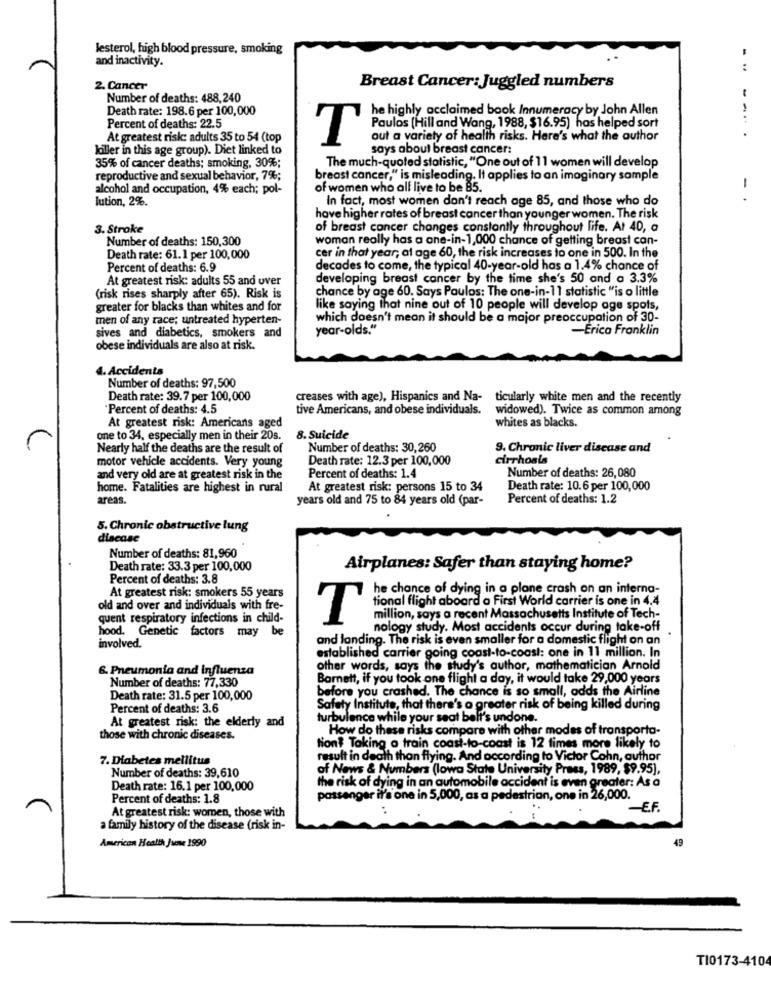
lesterol, high blood pressure, smoking
and inactivity.
2. Cancer
Breast Cancer: Juggled numbers
Number of deaths: 488,240
Death rate: 198.6 per 100,000
he highly acclaimed book Innumeracy by John Allen
Percent of deaths: 22.5
Paulos (Hill and Wang, 1988, $16.95) has helped sort
At greatest risk: adults 35 to 54 (top
T
out a variety of health risks. Here's what the author
Ialler in this age group). Diet linked to
says about breast cancer:
The much-quoted statistic, "One out of 11 women will develop
35% of cancer deaths; smoking, 30%;
reproductive and sexual behavior, 7%;
breast cancer," is misleading. It applies to an imaginary sample
alcohol and occupation, 4% each; pol-
of women who all live to be 85.
lution, 2%.
In fact, most women don't reach age 85, and those who do
-.
have higher rates of breast cancer than younger women. The risk
3. Stroke
of breast cancer changes constantly throughout life. At 40, a
Number of deaths: 150,300
woman really has a one-in-1,000 chance of getting breast can-
Death rate: 61.1 per 100,000
cer in that year, at age 60, the risk increases to one in 500. In the
Percent of deaths: 6.9
decades to come, the typical 40-year-old has a 1.4% chance of
At greatest risk: adults 55 and over
developing breast cancer by the time she's 50 and a 3.3%
chance by age 60. Says Paulos: The one-in-11 statistic "is o little
(risk rises sharply after 65). Risk is
greater for blacks than whites and for
like saying that nine out of 10 people will develop age spots,
men of any race; untreated hyperten-
which doesn't mean it should be a major preoccupation of 30-
year-olds."
-Erica Franklin
sives and diabetics, smokers and
obese individuals are also at risk.
4. Accidents
Number of deaths: 97,500
Death rate: 39.7 per 100,000
creases with age), Hispanics and Na- ticularly white men and the recently
"Percent of deaths: 4.5
tive Americans, and obese individuals. widowed). Twice as common among
whites as blacks.
At greatest risk: Americans aged
one to 34, especially men in their 20s.
8. Suicide
Nearly half the deaths are the result of
Number of deaths: 30,260
9. Chronic liver disease and
motor vehicle accidents. Very young
Death rate: 12.3 per 100,000
cirrhosis
and very old are at greatest risk in the
Percent of deaths: 1.4
Number of deaths: 26,080
home. Fatalities are highest in rural
At greatest risk: persons 15 to 34
Death rate: 10.6 per 100,000
areas.
years old and 75 to 84 years old (par-
Percent of deaths: 1.2
5. Chronic obstructive lung
discase
Number of deaths: 81,960
Death rate: 33.3 per 100,000
Airplanes: Safer than staying home?
Percent of deaths: 3.8
At greatest risk: smokers 55 years
he chance of dying in a plane crash on an interna-
tional flight aboard a First World carrier is one in 4.4
old and over and individuals with fre-
quent respiratory infections in child-
T
million, says a recent Massachusetts Institute of Tech-
hood. Genetic factors may be
nology study. Most accidents occur during take-off
and landing. The risk is even smaller for a domestic flight on an
involved.
established carrier going coast-to-coast: one in 11 million. In
6. Pneumonia and influenza
other words, says the study's author, mathematician Arnold
Number of deaths: 77,330
Barnett, if you took one flight a day, it would take 29,000 years
before you crashed. The chance is so small, adds the Airline
Death rate: 31.5 per 100,000
Percent of deaths: 3.6
Safety Institute, that there's a greater risk of being killed during
At greatest risk: the elderly and
turbulence while your seat beli's undone.
How do these risks compare with other modes of transporta-
those with chronic diseases.
tion? Taking a train coast-to-coast is 12 times more likely to
7. Diabetes mellitus
result in death thon flying. And according to Victor Cohn, author
of News & Numbers (lowa State University Press, 1989, $9.95],
Number of deaths: 39,610
the risk of dying in an automobile accident is even greater: As a
Death rate: 16.1 per 100,000
Percent of deaths: 1.8
passenger it's one in 5,000, as a pedestrian, one in 26,000.
-E.F.
At greatest risk: women, those with
a family history of the disease (risk in-
American Health June 1990
TI0173-4104